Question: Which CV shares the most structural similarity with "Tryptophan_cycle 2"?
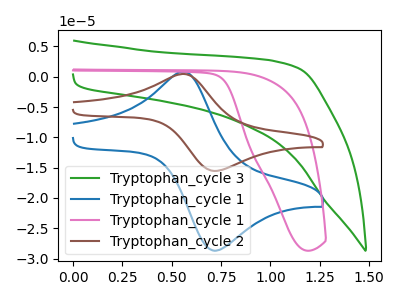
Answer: <think>The green curve "Tryptophan_cycle 3" has no peaks. The blue curve "Tryptophan_cycle 1" has an anodic peak at (0.55V, 0.85uA) and a cathodic peak at (0.70V, -28.70uA). The pink curve "Tryptophan_cycle 1" has no peaks. The brown curve "Tryptophan_cycle 2" has an anodic peak at (0.55V, 0.45uA) and a cathodic peak at (0.70V, -15.55uA).
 "Tryptophan_cycle 3" and "Tryptophan_cycle 1" have a different number of peaks. Neither "Tryptophan_cycle 3" or "Tryptophan_cycle 1" have any peaks. "Tryptophan_cycle 3" and "Tryptophan_cycle 2" have a different number of peaks. "Tryptophan_cycle 1" and "Tryptophan_cycle 1" have a different number of peaks. All the peaks in "Tryptophan_cycle 1" have a peak in "Tryptophan_cycle 2" at the same potential. Every peak in "Tryptophan_cycle 1" is higher than every peak in "Tryptophan_cycle 2". "Tryptophan_cycle 1" and "Tryptophan_cycle 2" have a different number of peaks.</think>
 <answer>The CV with the most similar shape to "Tryptophan_cycle 1" is "Tryptophan_cycle 2".</answer>
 <eval>"Tryptophan_cycle 2"</eval>